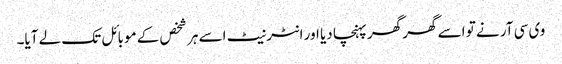
وی سی آر نے تو اسے گھر گھر پہنچا دیا اور انٹرنیٹ اسے ہر شخص کے موبائل تک لے آیا۔